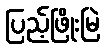
ပြည့်ဖြိုးမြဲ